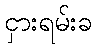
ငှားရမ်းခ